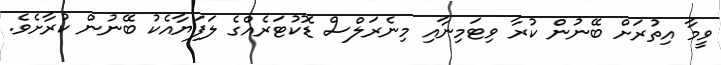
ވީމާ އިތުރަށް ބޭނުން ކުރާ ވިޓަމިނާއި މިނެރަލްސް ޑޮކުޓަރެއްގެ ލަފަޔާއެކު ބޭނުން ކުރާށެވެ.